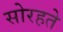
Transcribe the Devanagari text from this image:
सोरहते